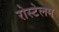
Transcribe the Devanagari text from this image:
रोस्टेलम